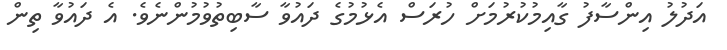
އަދުލު އިންސާފު ގާއިމުކުރުމަށް ހުރަސް އެޅުމުގެ ދައުވާ ސާބިތުވުމުންނެވެ. އެ ދައުވާ ތިން